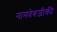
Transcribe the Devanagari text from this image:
नामदेवजीकी